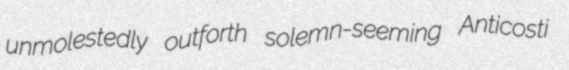
unmolestedly outforth solemn-seeming Anticosti